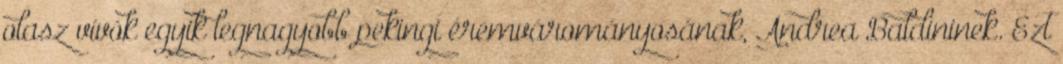
olasz vívók egyik legnagyobb pekingi éremvárományosának, Andrea Baldininek. Ezt